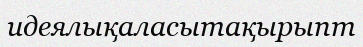
идеялықаласытақырыпт